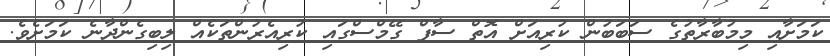
ކަމަށާއި މިމުބާރާތުގެ ސަބަބުން ކުރިއަށް އޮތް ސާފް ގޭމްސްގައި ކުރިއެރުންތަކެއް ލިބިގެންދާނެ ކަމަށެވެ.